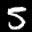
Label: 5